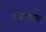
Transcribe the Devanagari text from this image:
कोगाराह